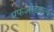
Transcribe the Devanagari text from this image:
एफओडबल्यू